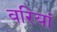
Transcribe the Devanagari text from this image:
वरियां